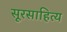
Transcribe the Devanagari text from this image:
सूरसाहित्य